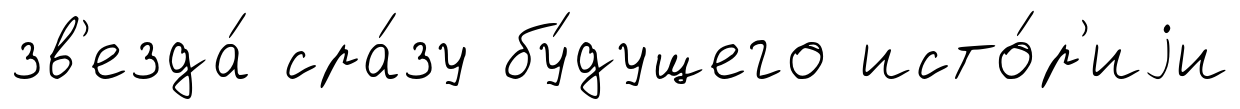
зв'езда́ сра́зу бу́дущего исто́р'иjи